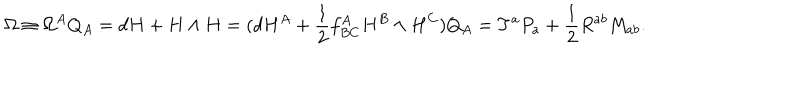
\Omega \equiv \Omega ^ { A } Q _ { A } = d H + H \wedge H = ( d H ^ { A } + \frac { 1 } { 2 } f _ { B C } ^ { A } H ^ { B } \wedge H ^ { C } ) Q _ { A } = T ^ { a } P _ { a } + \frac { 1 } { 2 } R ^ { a b } M _ { a b } .